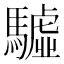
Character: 驉